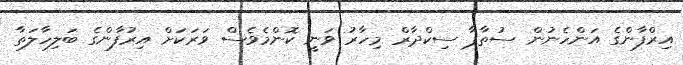
އިރްފާންގެ އަންހެނުން ސުތާޕާ ސިކްދާރް މިހާރު ވަނީ ކޮންމެވެސް ވަރަަކަށް އިރުފާންގެ ބަލިހާލަތާ